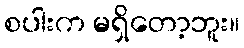
စပါးက မရှိတော့ဘူး။